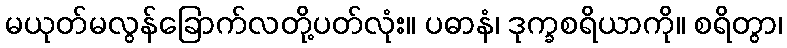
မယုတ်မလွန်ခြောက်လတို့ပတ်လုံး။ ပဓာနံ၊ ဒုက္ခစရိယာကို။ စရိတွာ၊